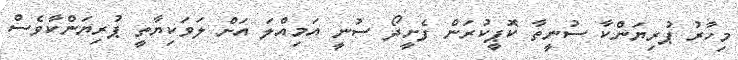
މިހާރު ޕުރިޔަންކާ ސުނީތާ ކޮޕީކުރަން ފެށީދޯ ސުނީ އަމިއްލަ އަށް ލަވަކިޔާތީ ޕުރިޔަންކާވެސް